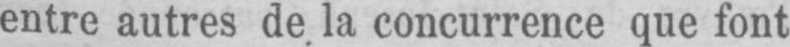
entre autres de la concurrence que font